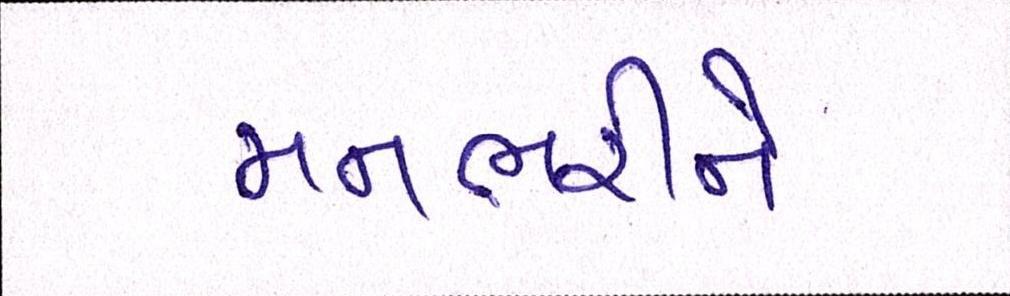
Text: મનભરીને